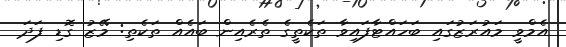
އެމްވީ މައުރަޒުގައި ބަހައްޓާފައިވާ ތަކެތީގެ ތެރެއިން ބައެއް ތަކެތި: މޭޒު ގޮޑި ފަދަ